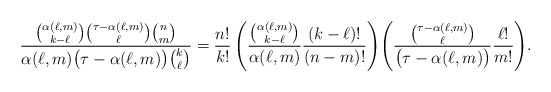
\begin{align*} \frac{\binom{\alpha(\ell,m)}{k-\ell}\binom{\tau-\alpha(\ell,m)}{\ell} \binom{n}{m}}{\alpha(\ell,m)\big(\tau-\alpha(\ell,m)\big)\binom{k}{\ell}} = \frac{n!}{k!}\left(\frac{\binom{\alpha(\ell,m)}{k-\ell}}{\alpha(\ell,m)}\frac{(k-\ell)!}{(n-m)!} \right)\! \left(\frac{\binom{\tau-\alpha(\ell,m)}{\ell}}{\big(\tau-\alpha(\ell,m)\big)}\frac{\ell!}{m!} \right)\!.\end{align*}